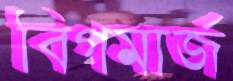
বিগমার্জ